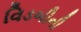
વિડબીની